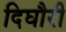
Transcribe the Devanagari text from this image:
दिघौरी